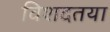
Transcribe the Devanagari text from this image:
विशदतया